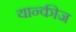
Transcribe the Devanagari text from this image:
यान्कीज